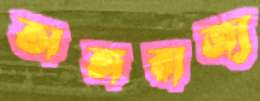
অঙ্গরাজ্য